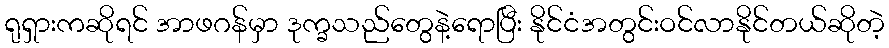
ရုရှားကဆိုရင် အာဖဂန်မှာ ဒုက္ခသည်တွေနဲ့ရောပြီး နိုင်ငံအတွင်းဝင်လာနိုင်တယ်ဆိုတဲ့